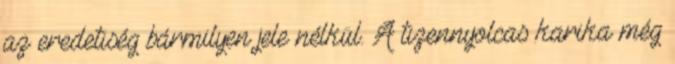
az eredetiség bármilyen jele nélkül. A tizennyolcas karika még